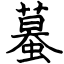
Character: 蟇